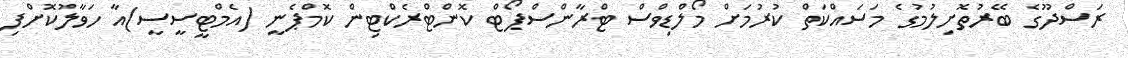
ރަސްދޫގެ ބޭރުތޮށިލުމުގެ މަސައްކަތް ކުރުމަށް މޯލްޑިވްސް ޓްރާންސްޕޯޓް ކޮންޓްރެކްޓިން ކޮމްޕެނީ (އެމްޓީސީސީ)އާ ހަވާލުކޮށްފި